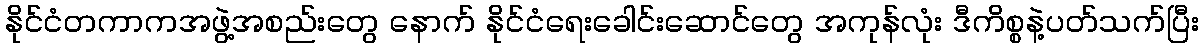
နိုင်ငံတကာကအဖွဲ့အစည်းတွေ နောက် နိုင်ငံရေးခေါင်းဆောင်တွေ အကုန်လုံး ဒီကိစ္စနဲ့ပတ်သက်ပြီး